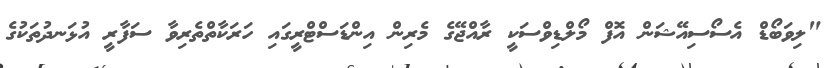
"ލިވަބޯޑް އެސޯސިއޭޝަން އޮފް މޯލްޑިވްސަކީ ރާއްޖޭގެ މެރިން އިންޑަސްޓްރީގައި ހަރަކާތްތެރިވާ ސަފާރީ އުޅަނދުތަކުގެ